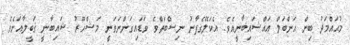
މުޙައްމަދު ބިން ޙަންބަލް އައްޝައިބާނީއެވެ. އެކަލޭގެފާނު ނިސްބަތްވެ ވަޑައިގަންނަވަނީ މަޝްހޫރު ޝައިބާނީ ޤަބީލާއަށެވެ.